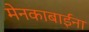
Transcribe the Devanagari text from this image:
मेनकाबाईंना